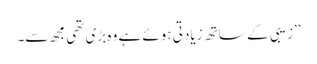
’’زیبی کے ساتھ زیادتی ہوئے ہے وہ بڑی تھی مجھ سے۔